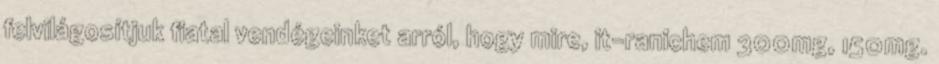
felvilágosítjuk fiatal vendégeinket arról, hogy mire, it-ranichem 300mg, 150mg.